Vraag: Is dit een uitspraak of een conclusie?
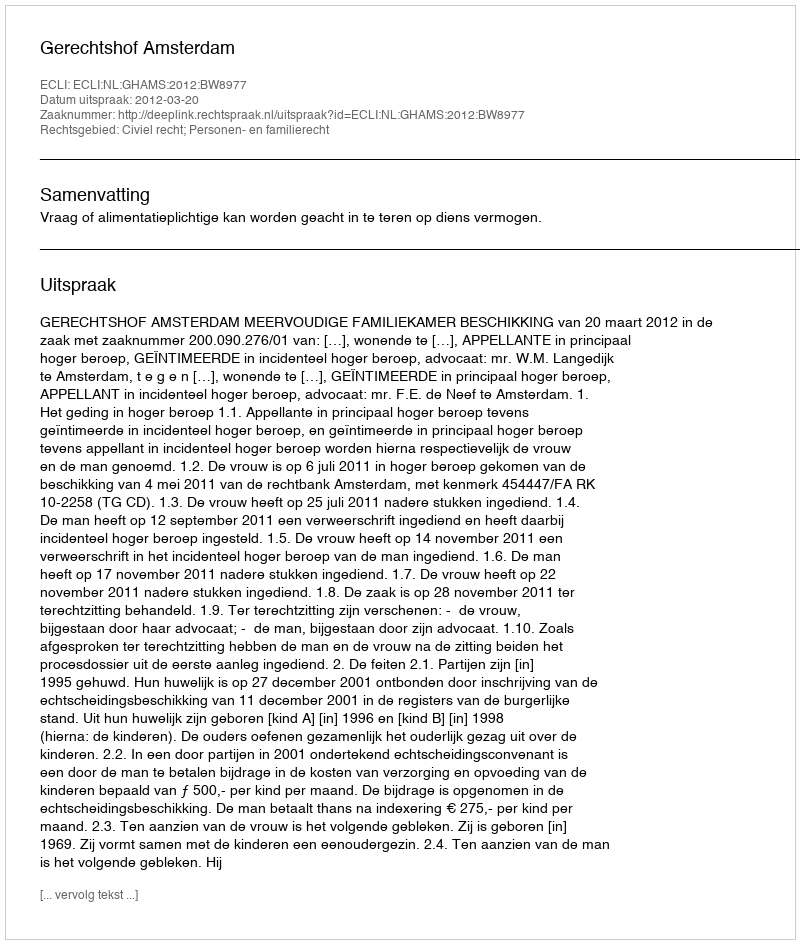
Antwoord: Uitspraak